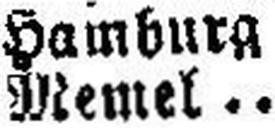
Memel